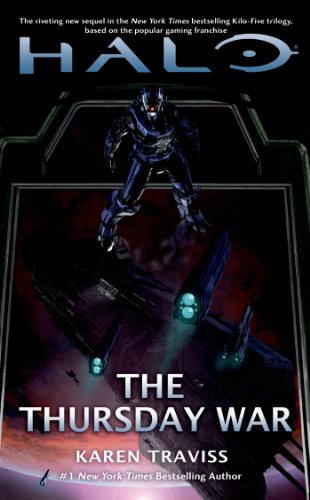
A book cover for HALO: The Thursday War; Karen Traviss; Science Fiction & Fantasy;